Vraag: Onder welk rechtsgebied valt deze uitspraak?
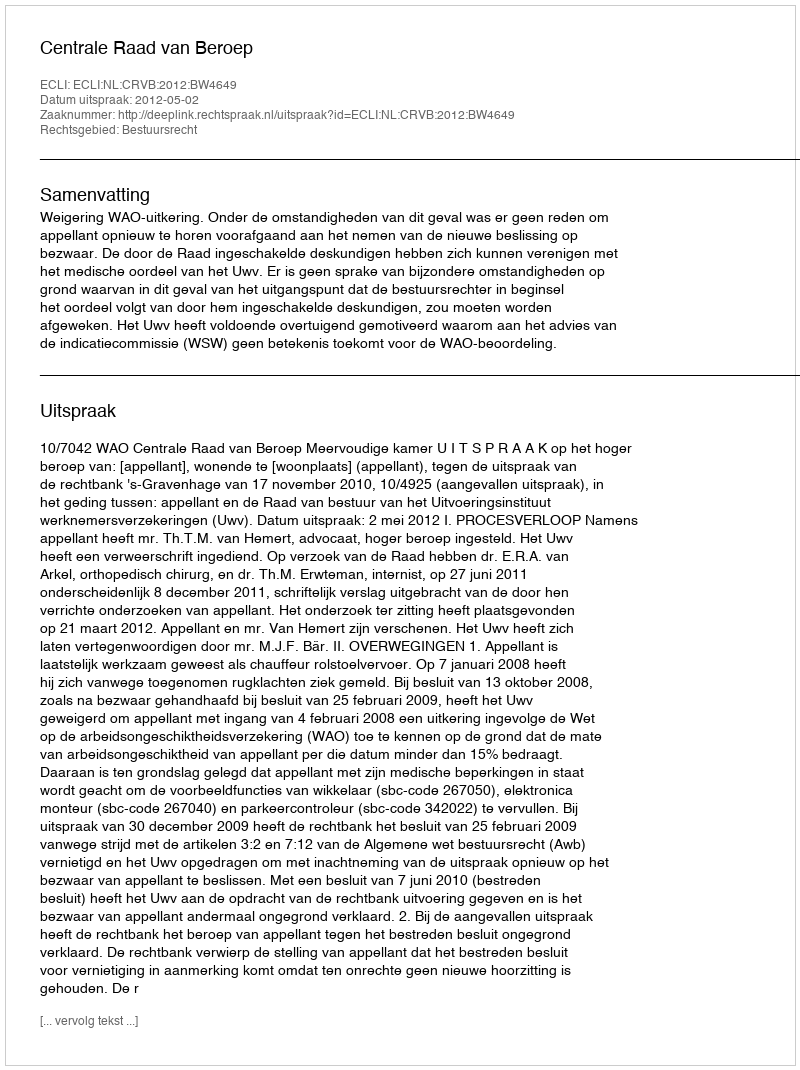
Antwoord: Bestuursrecht